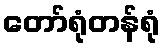
တော်ရုံတန်ရုံ